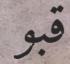
قبو